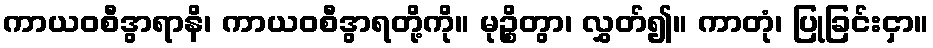
ကာယဝစီဒွာရာနိ၊ ကာယဝစီဒွာရတို့ကို။ မုဉ္စိတွာ၊ လွှတ်၍။ ကာတုံ၊ ပြုခြင်းငှာ။